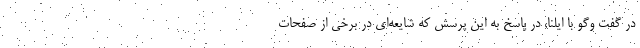
در گفت وگو با ایلنا، در پاسخ به این پرسش که شایعه‌ای در برخی از صفحات